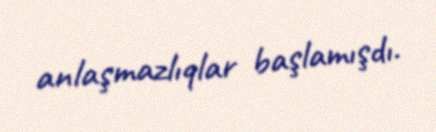
anlaşmazlıqlar başlamışdı.